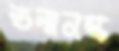
তন্মনস্ক